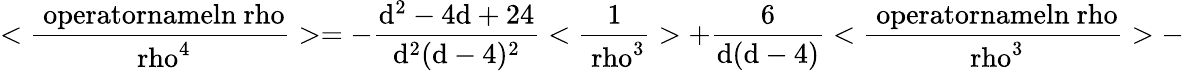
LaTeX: \mathrm{<\frac{\ operatorname{ln}\ rho}{\ rho^{4}}>=-\frac{d^{2}-4d+24}{d^{2}(d-4)^{2}}<\frac{1}{\ rho^{3}}>+\frac{6}{d(d-4)}<\frac{\ operatorname{ln}\ rho}{\ rho^{3}}>-}